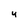
Character: y